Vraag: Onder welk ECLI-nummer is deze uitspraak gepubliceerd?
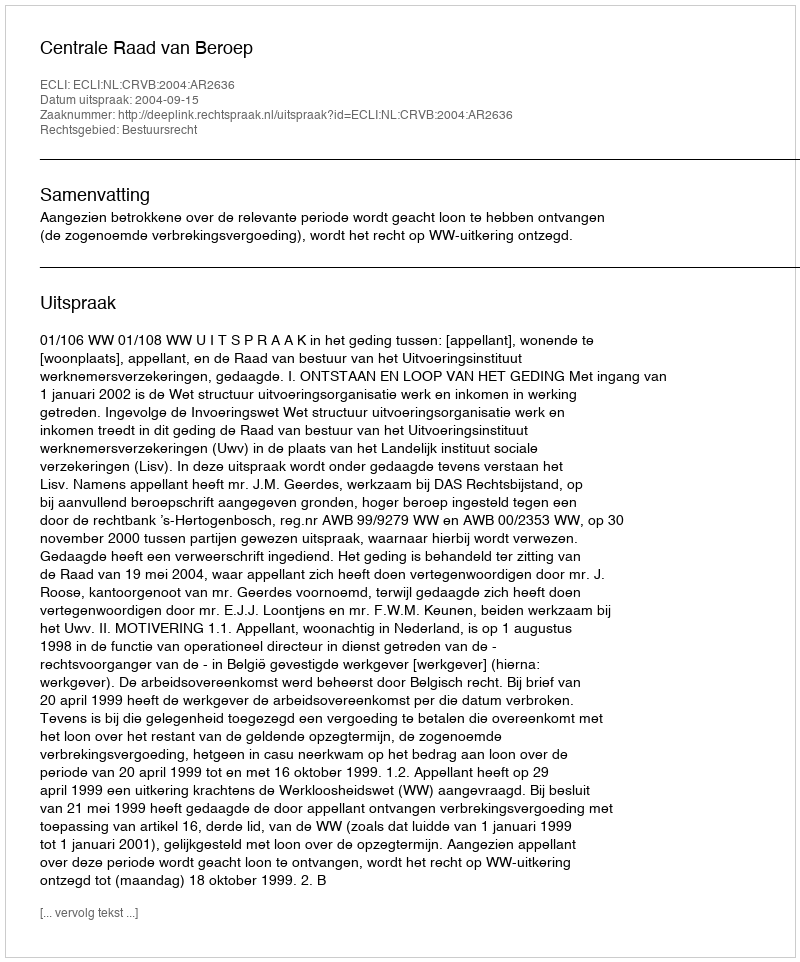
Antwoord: ECLI:NL:CRVB:2004:AR2636